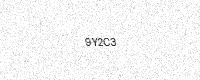
Text: 9Y2C3